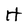
Character: H